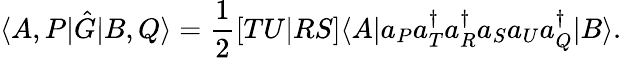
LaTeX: \langle A,P|\hat{G}|B,Q\rangle=\frac{1}{2}[TU|RS]\langle A|a_{P}a_{T}^{\dagger}a_{R}^{\dagger}a_{S}a_{U}a_{Q}^{\dagger}|B\rangle.